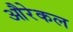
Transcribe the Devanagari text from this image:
औरेकल